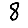
Digit: 8